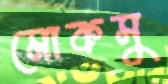
মোকসু